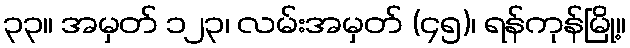
၃၃။ အမှတ် ၁၂၃၊ လမ်းအမှတ် (၄၅)၊ ရန်ကုန်မြို့။